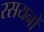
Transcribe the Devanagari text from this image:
रसयनों